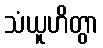
သံယူဟိတွာ